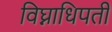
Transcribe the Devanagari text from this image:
विघ्नाधिपती